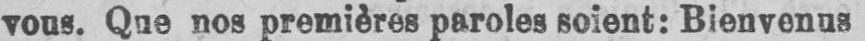
vous. Que nos premières paroles soient: Bienvenus